Annual report on the health of the army in India
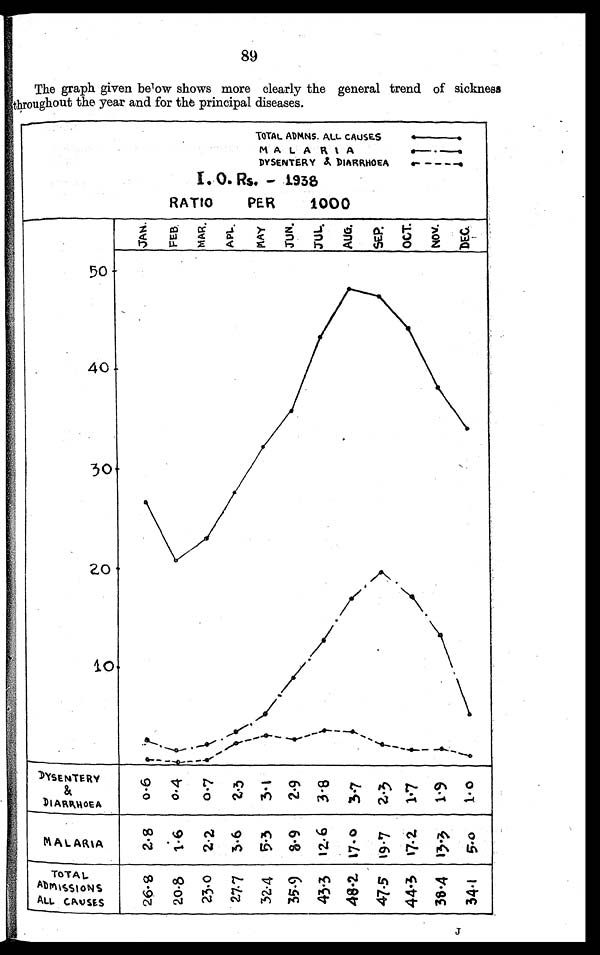
89
The graph given below shows more clearly the general trend of sickness
throughout the year and for the principal diseases.
TOTAL ADMNS. A L L
C A U S E S . —
MALARIA•---- • ---.
DYSENTERY
& D I A R R H O E A — — — .
I. O. Rs. — 1938
RATIO PER 1000
JAN. F E B .
M A R .
A P L .
MAY. J UN. JUL.
A U G .
SEP. OCT.
NOV. D E C .
DYSENTERY
& DIARRHOEA
MALARIA
TOTAL
ADMISSIONS
ALL CAUSES